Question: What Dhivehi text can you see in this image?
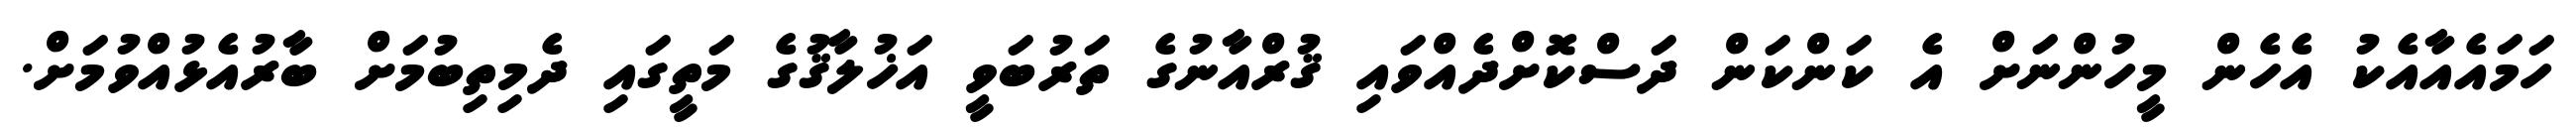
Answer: ހަމައެއާއެކު އެހެން މީހުންނަށް އެ ކަންކަން ދަސްކޮށްދެއްވައި ޤުރްއާނުގެ ތަރުބަވީ އަޚުލާޤުގެ މަތީގައި ދެމިތިބުމަށް ބާރުއެޅުއްވުމަށް.